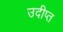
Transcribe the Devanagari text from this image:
उदीप्त